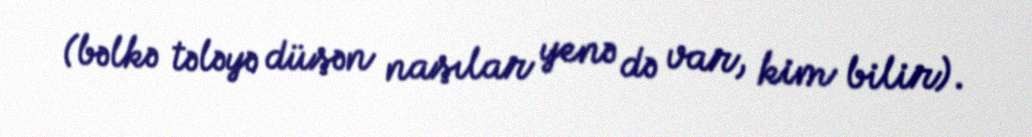
(bəlkə tələyə düşən naşılar yenə də var, kim bilir).